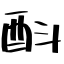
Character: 酙